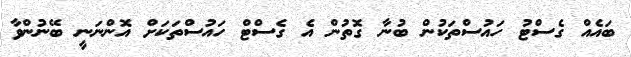
ބައެއް ގެސްޓު ހައުސްތަކުން ބުނާ ގޮތުން އެ ގެސްޓް ހައުސްތަކަށް އޮންނަނީ ބޭނުންވާ